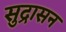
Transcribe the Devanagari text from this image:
सुद्रासन